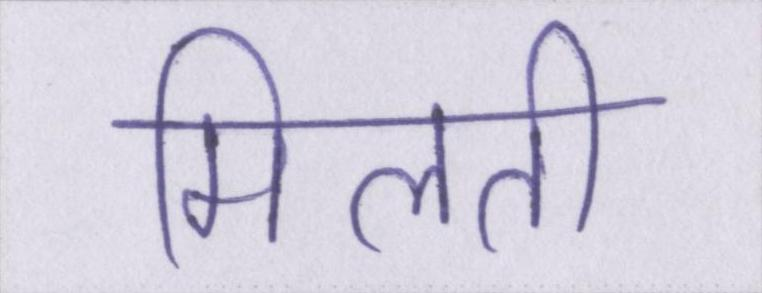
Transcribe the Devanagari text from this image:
मिलती